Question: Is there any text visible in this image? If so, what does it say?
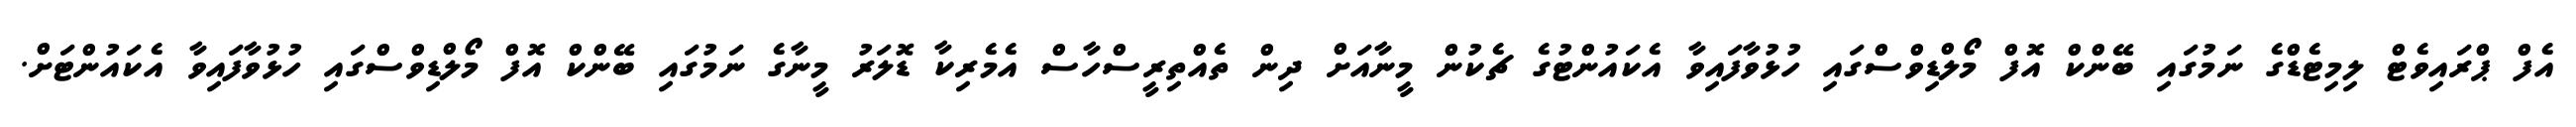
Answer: އެފް ޕްރައިވެޓް ލިމިޓެޑްގެ ނަމުގައި ބޭންކް އޮފް މޯލްޑިވްސްގައި ހުޅުވާފައިވާ އެކައުންޓުގެ ޗެކުން މީނާއަށް ދިން ތެއްތިރީސްހާސް އެމެރިކާ ޑޮލަރު މީނާގެ ނަމުގައި ބޭންކް އޮފް މޯލްޑިވްސްގައި ހުޅުވާފައިވާ އެކައުންޓަށް.